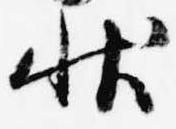
状